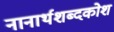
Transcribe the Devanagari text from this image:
नानार्थशब्दकोश